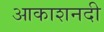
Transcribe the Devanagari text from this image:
आकाशनदी